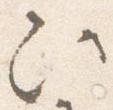
次